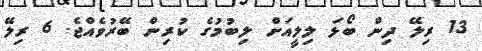
13 ރިލޭ ދިން ބޯޅަ ލިލީއަށް ލިބުމުގެ ކުރިން ބޭރުވެއްޖެ. 6 ރިލޭ